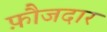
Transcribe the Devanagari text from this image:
फ़ौजदार